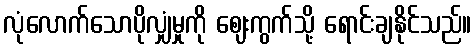
လုံလောက်သောပိုလျှံမှုကို ဈေးကွက်သို့ ရောင်းချနိုင်သည်။